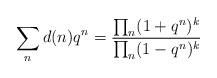
LaTeX: \begin{align*}\sum_n d(n) q^n = \frac{\prod_n (1 + q^n)^{k}}{\prod_n (1 - q^n)^k}\end{align*}